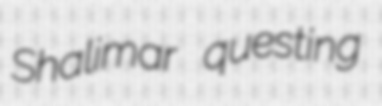
Shalimar questing